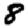
Digit: 8